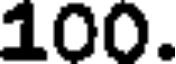
100.